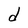
Character: d